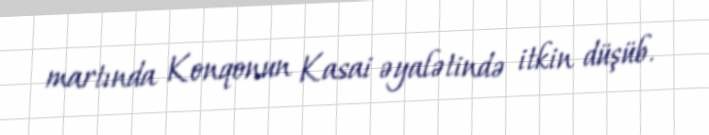
martında Konqonun Kasai əyalətində itkin düşüb.